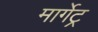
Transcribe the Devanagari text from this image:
मार्गेट्र